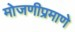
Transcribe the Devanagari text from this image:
मोजणीप्रमाणे